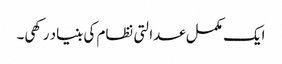
ایک مکمل عدالتی نظام کی بنیاد رکھی۔